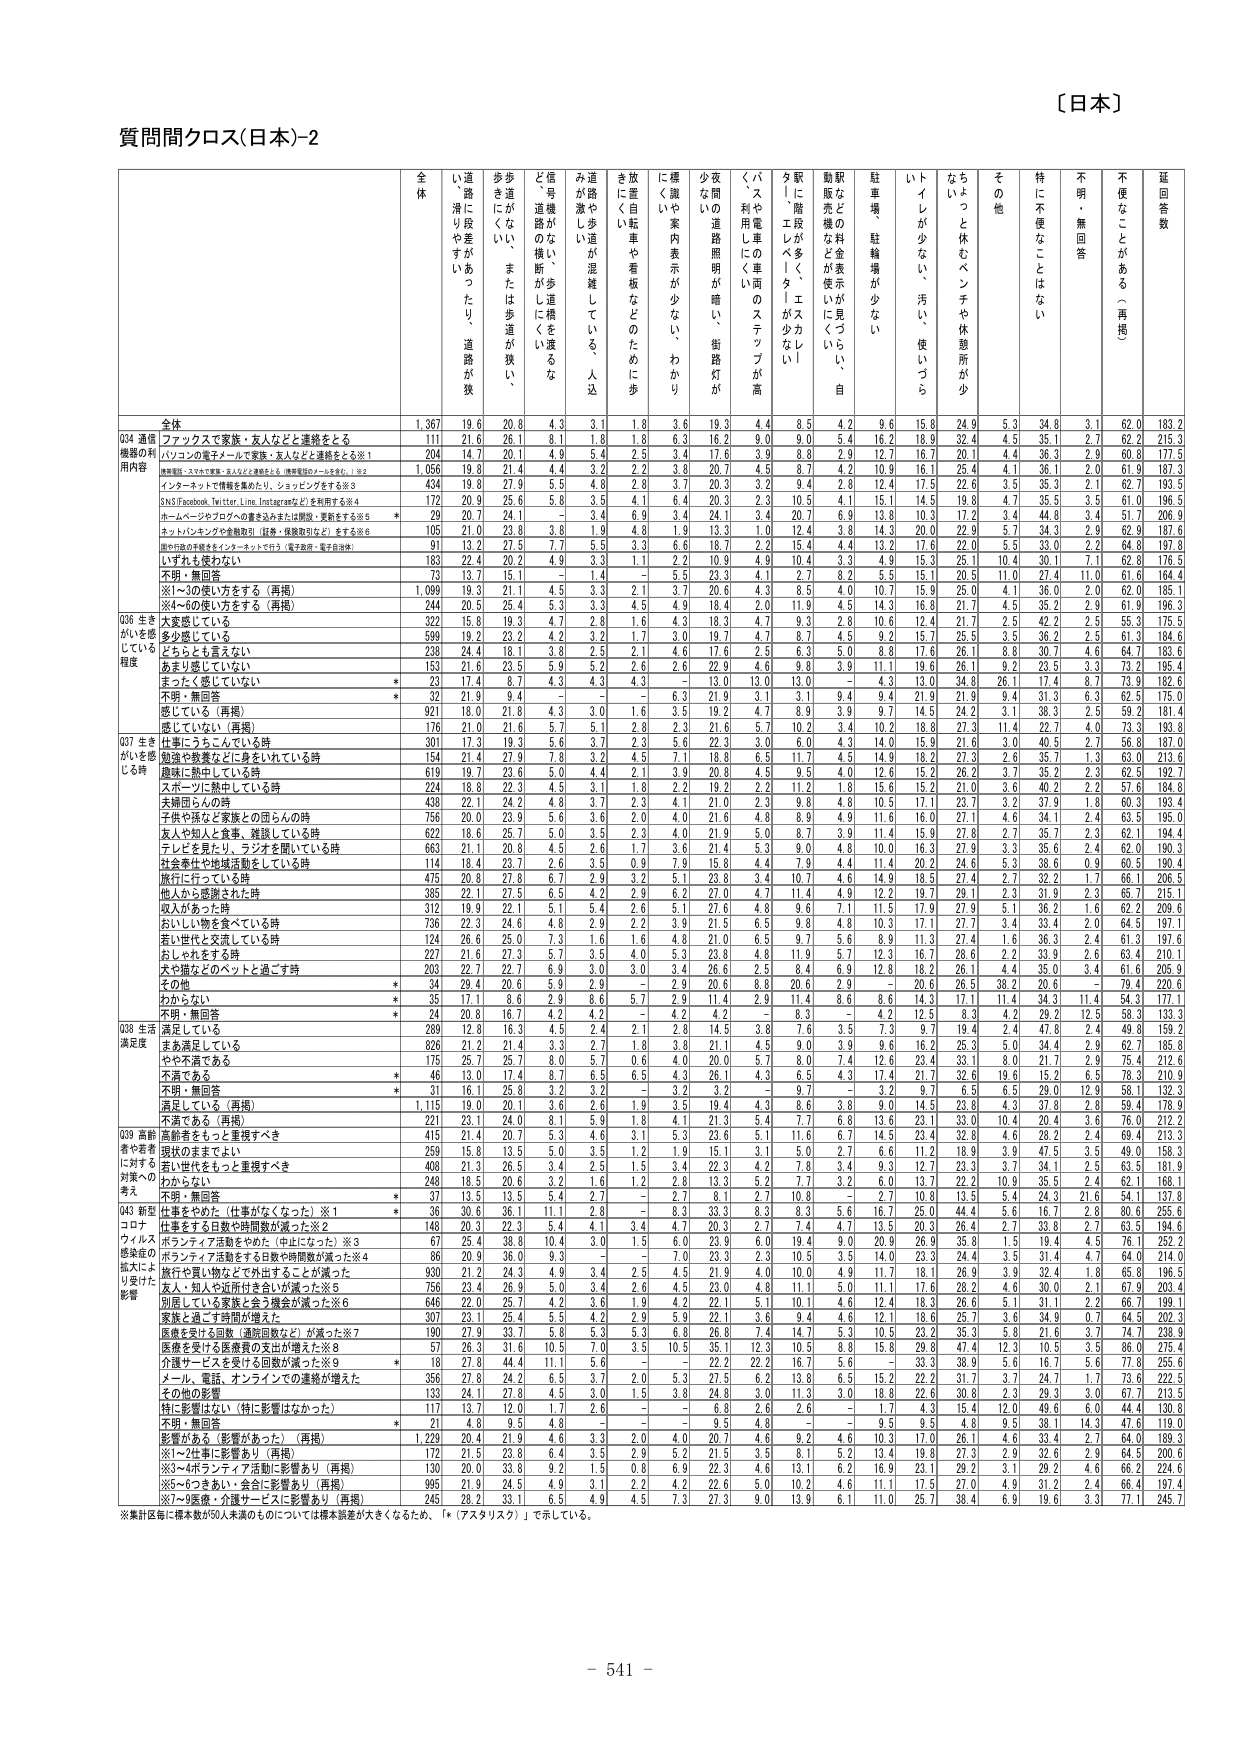
質問間クロス(日本)-2

〔日本〕

全体
道端に段差があったり、道路が狭い、滑りやすかったり
歩道がない、または歩道が狭い、
信号機がない、歩道標がしにくい
道がやや湿潤している、人込みが激しい
放置自転車や看板などのために歩きにくい
標識や案内表示が少ない、わかりにくい
夜間の道路照明が暗い、街路灯が少ない
バスや電車の車両のステップが高く、利用しにくい
駅「階段が多く、エスカレータ」「エレベータ」が少ない
駅などの料金表示が見づらい、自動販売機などが使いにくい
駐車場、駐輪場が少ない
トイレが少ない、汚い、使いづらい
ちょっと休むベンチや休憩所が少ない
その他
特に不便なことはない
不明・無回答
不便なことがある（再掲）
延回答数

Q34 通信機器の利用内容
全体
1,367 19.6 20.8 4.3 3.1 1.8 3.6 19.3 4.4 8.5 4.2 9.6 15.8 24.9 5.3 34.8 3.1 62.0 183.2
フックスで家族・友人などと連絡をとる
111 21.6 26.1 8.1 1.8 1.8 6.3 16.2 9.0 9.0 5.4 16.2 18.9 32.4 4.5 35.1 2.7 62.2 215.3
パソコンの電子メールで家族・友人などと連絡をとる※1
204 14.7 20.1 4.9 5.4 2.5 3.4 17.6 3.9 8.8 2.9 12.7 16.7 20.1 4.4 36.3 2.9 60.8 177.5
携帯電話（スマホで家族・友人などと連絡をとる（携帯電話のメールを含む。）※2
1,056 19.8 21.4 4.4 3.2 2.2 3.8 20.7 4.5 8.7 4.2 10.9 16.1 25.4 4.1 36.1 2.0 61.9 187.3
インターネットで情報を集めたり、ショッピングをする※3
434 19.8 27.9 5.5 4.8 2.8 3.7 20.3 3.2 9.4 2.8 12.4 17.5 22.6 3.5 35.3 2.1 62.7 193.5
SNS（Facebook, Twitter, Line, Instagramなど）を利用する※4
172 20.9 25.6 5.8 3.5 4.1 6.4 20.3 2.3 10.5 4.1 15.1 14.5 19.8 4.7 35.5 3.5 61.0 196.5
ホームぺージやブログへの書き込みまたは閲覧・更新をする※5
* 29 20.7 24.1 - 3.4 6.9 3.4 24.1 3.4 20.7 6.9 13.8 10.3 17.2 3.4 44.8 3.4 51.7 206.9
ネットバンキングや金融取引（証券・保険取引など）をする※6
105 21.0 23.8 3.8 1.9 4.8 1.9 13.3 1.0 12.4 3.8 14.3 20.0 22.9 5.7 34.3 2.9 62.9 187.6
旅行などの手続きをインターネットで行う（電子政府・電子自治体）
91 13.2 27.5 7.7 5.5 3.3 6.6 16.7 2.2 15.4 4.4 13.2 17.6 22.0 5.5 33.0 2.2 64.8 197.8
いずれも使わない
163 22.4 20.2 4.9 3.3 1.1 2.2 10.9 4.9 10.4 3.3 4.9 15.3 25.1 10.4 30.1 7.1 62.8 176.5
不明・無回答
73 13.7 15.1 - 1.4 - 5.5 23.3 4.1 2.7 8.2 5.5 15.1 20.5 11.0 27.4 11.0 61.6 164.4
※1～3の使い方をする（再掲）
1,099 19.3 21.1 4.5 3.3 2.1 3.7 20.6 4.3 8.5 4.0 10.7 15.9 25.0 4.1 36.0 2.0 62.0 185.1
※4～6の使い方をする（再掲）
244 20.6 25.4 5.3 3.3 4.5 4.9 18.4 2.0 11.9 4.5 14.3 16.8 21.7 4.5 35.2 2.9 61.9 196.3

Q36 生きがいを感じている程度
大変感じている
322 15.8 19.3 4.7 2.8 1.6 4.3 19.3 4.7 9.3 2.8 10.6 12.4 21.7 2.4 42.2 2.5 55.3 175.5
多少感じている
599 19.2 23.2 4.2 3.2 1.7 3.0 19.7 4.7 8.7 4.5 9.2 15.7 25.5 3.5 36.2 2.5 61.3 184.6
どちらとも言えない
238 24.4 18.1 3.8 2.5 2.1 4.6 17.6 2.5 6.3 5.0 8.8 17.6 26.1 8.8 30.7 4.6 64.7 183.6
あまり感じていない
153 21.6 23.5 5.9 5.2 2.6 2.6 22.9 4.6 9.8 3.9 11.1 19.6 26.1 9.2 23.5 3.3 73.2 195.4
まったく感じていない
* 23 17.4 8.7 4.3 4.3 4.3 - 13.0 13.0 13.0 - 4.3 13.0 34.8 26.1 17.4 8.7 73.9 182.6
不明・無回答
* 32 21.9 9.4 - - - 6.3 21.9 3.1 3.1 9.4 9.4 21.9 21.9 9.4 31.3 6.3 62.5 175.0
感じている（再掲）
921 18.0 21.8 4.3 3.0 1.6 3.5 19.2 4.7 8.9 3.9 9.7 14.5 24.2 3.1 38.3 2.5 59.2 181.4
感じていない（再掲）
176 21.0 21.6 5.7 5.1 2.8 2.3 21.6 5.7 10.2 3.4 10.2 18.8 27.3 11.4 22.7 4.0 73.3 193.8

Q37 生きがいを感じる時
仕事にうちこんでいる時
301 17.3 19.3 5.6 3.7 2.3 5.6 22.3 3.0 6.0 4.3 14.0 15.9 21.6 3.0 40.5 2.7 56.8 187.0
勉強や教養などに身をいれている時
154 21.4 27.9 7.8 3.2 4.5 7.1 18.8 6.5 11.7 4.5 14.9 18.2 27.3 2.6 35.7 1.3 63.0 213.6
趣味に熱中している時
619 19.7 23.6 5.0 4.4 2.1 3.9 20.8 4.5 9.5 4.0 12.6 15.2 26.2 3.7 35.2 2.3 62.5 192.7
スポーツに熱中している時
224 18.8 22.3 4.5 3.1 1.8 2.2 19.2 2.2 11.2 1.8 15.6 15.2 21.0 3.6 40.2 2.2 57.6 184.8
夫婦同士の時
438 22.1 24.2 4.8 3.7 2.3 4.1 21.0 2.3 9.8 4.8 10.5 17.1 23.7 3.2 37.9 1.8 60.3 193.4
子供や孫など家族との団らんの時
756 20.0 23.9 5.6 3.6 2.0 4.0 21.6 4.8 8.9 4.9 11.6 16.0 27.1 4.6 34.1 2.4 63.5 195.0
友人や知人と食事、雑談している時
622 18.6 25.7 5.0 3.5 2.3 4.0 21.9 5.0 8.7 3.9 11.4 15.9 27.8 2.7 35.7 2.3 62.1 194.4
テレビを見たり、ラジオを聞いている時
663 21.1 20.8 4.5 2.6 1.7 3.6 21.4 5.3 9.0 4.8 10.0 16.3 27.9 3.3 35.6 2.4 62.0 190.3
社会奉仕や地域活動をしている時
114 18.4 23.7 2.6 3.5 0.9 7.9 15.8 4.4 7.9 4.4 11.4 20.2 24.6 5.3 38.6 0.9 60.5 190.4
旅行に行っている時
475 20.8 27.8 6.7 2.9 3.2 5.1 23.8 3.4 10.7 4.6 14.9 18.5 27.4 2.7 32.2 1.7 66.1 206.5
他人から感謝された時
385 22.1 27.5 6.5 4.2 2.9 6.2 27.0 4.7 11.4 4.9 12.2 19.7 28.1 2.3 31.9 2.3 65.7 215.1
役人があった時
312 19.9 25.3 5.1 5.4 2.5 5.1 27.9 4.8 9.6 7.1 12.7 17.9 27.9 5.1 36.2 1.6 62.2 209.6
おいしい物を食べている時
736 22.3 24.8 4.8 2.9 2.2 3.9 20.3 6.5 9.8 4.8 10.3 17.1 27.4 3.4 33.4 2.0 64.5 197.1
若い世代と交流している時
124 26.6 25.0 7.3 1.6 1.6 4.8 21.0 6.5 9.7 5.6 8.9 11.3 27.4 1.6 36.3 2.4 61.3 197.6
おしゃれをする時
227 21.6 27.3 5.7 3.5 4.0 5.3 23.8 4.8 11.9 5.7 12.3 16.7 28.6 2.2 33.9 2.6 63.4 210.1
犬や猫などのペットと過ごす時
203 22.7 22.7 6.9 3.0 3.0 3.4 26.6 2.5 8.4 6.9 12.8 18.2 26.1 4.4 35.0 3.4 61.6 205.9
その他
* 34 29.4 20.6 5.9 2.9 - 2.9 20.6 8.8 20.6 2.9 - 20.6 26.5 38.2 20.6 - 79.4 220.6
わからない
* 35 17.1 8.6 2.9 8.6 5.7 2.9 11.4 2.9 11.4 8.6 8.6 14.3 17.1 11.4 34.3 11.4 54.3 177.1
不明・無回答
* 24 20.8 16.7 4.2 4.2 - 4.2 4.2 - 6.3 - 4.2 12.5 8.3 4.2 29.2 12.5 58.3 133.3

Q38 生活満足度
満足している
289 12.8 16.3 4.5 2.4 2.1 2.8 14.5 3.8 7.6 3.5 7.3 9.7 19.4 2.4 47.8 2.4 49.8 159.2
まあ満足している
826 21.2 21.4 3.3 2.7 1.8 3.8 21.1 4.5 9.0 3.9 9.6 16.2 25.3 5.0 34.4 2.9 62.7 185.8
やや不満である
175 25.7 25.7 8.0 5.7 0.6 4.0 20.0 5.7 8.0 7.4 12.6 23.4 33.1 8.0 21.7 2.9 75.4 212.6
不満である
* 46 13.0 17.4 8.7 6.5 6.5 4.3 26.1 4.3 6.5 4.3 17.4 21.7 32.6 19.6 15.2 6.5 78.3 210.9
不明・無回答
* 31 16.1 25.8 3.2 3.2 - 3.2 3.2 - 9.7 - 3.2 9.7 6.5 6.5 29.0 12.9 58.1 132.3
満足している（再掲）
1,115 19.0 20.1 3.6 2.6 1.9 3.5 19.4 4.3 8.6 3.8 9.0 14.5 23.8 4.3 37.8 2.8 59.4 178.9
不満である（再掲）
221 23.1 24.0 8.1 5.9 1.8 4.1 21.3 5.4 7.7 6.8 13.6 23.1 33.0 10.4 20.4 3.6 76.0 212.2

Q39 高齢者や若者に対する対策への考え
高齢者をもっと重視すべき
415 21.4 20.7 5.3 4.6 3.1 5.3 23.6 5.1 11.6 6.7 14.5 23.4 32.8 4.6 28.2 2.4 69.4 213.3
現状のままでよい
259 15.8 13.5 5.0 3.5 1.2 1.9 15.1 3.1 5.0 2.7 6.6 11.2 18.9 3.9 47.5 3.5 49.0 158.3
若い世代をもっと重視すべき
408 21.3 26.5 3.4 2.5 1.5 3.4 22.3 4.2 7.8 3.4 9.3 12.7 23.3 3.7 34.1 2.5 63.5 181.9
わからない
248 18.5 20.6 3.2 1.6 1.2 2.8 13.3 5.2 7.7 3.2 6.0 13.7 22.2 10.9 35.5 2.4 62.1 168.1
不明・無回答
* 37 13.5 13.5 5.4 2.7 - 2.7 8.1 2.7 10.8 - 2.7 10.8 13.5 5.4 24.3 2.7 54.1 137.8

Q43 新型コロナウイルス感染症の拡大により受けた影響
仕事がやめた（仕事がなくなった）※1
* 36 30.6 36.1 11.1 2.8 - 8.3 33.3 8.3 8.3 5.6 16.7 25.0 44.4 5.6 16.7 2.8 80.6 255.6
仕事をする日数や時間数が減った※2
148 20.3 22.3 5.4 4.1 3.4 4.7 20.3 2.7 7.4 4.7 13.5 20.3 26.4 2.7 33.8 2.7 63.5 194.6
ボランティア活動をやめた（中止になった）※3
67 25.4 38.8 10.4 3.0 1.5 6.0 23.9 6.0 19.4 9.0 20.9 26.9 35.8 1.5 19.4 4.5 76.1 252.2
ボランティア活動をする日数や時間数が減った※4
86 20.9 36.0 9.3 - - 7.0 23.3 2.3 10.5 3.5 14.0 23.3 24.4 3.5 31.4 4.7 64.0 214.0
旅行や買い物などで外出することが減った
930 21.2 24.3 4.9 3.4 2.5 4.5 21.9 4.0 10.0 4.9 11.7 18.1 26.9 3.9 32.4 1.8 65.8 196.5
友人・知人や近所付き合いが減った※5
756 23.4 26.9 5.0 3.4 2.6 4.5 23.0 4.8 11.1 5.0 11.1 17.6 28.2 4.6 30.0 2.1 67.9 203.4
別居している家族と会う機会が減った※6
646 22.0 25.7 4.2 3.6 1.9 4.2 22.1 5.1 10.1 4.6 12.4 18.3 26.6 5.1 31.1 2.2 66.7 199.1
家族と過ごす時間が増えた
307 23.1 25.4 5.5 4.2 2.9 5.9 22.1 3.6 9.4 4.6 12.1 18.6 25.7 3.6 34.9 0.7 64.5 202.3
医療を受けた回数（通院回数など）が減った※7
190 27.9 33.7 5.8 5.3 5.3 6.8 26.8 7.4 14.7 5.3 10.5 23.2 35.3 5.8 21.6 3.7 74.7 238.9
医療を受ける医療費の支出が増えた※8
57 26.3 31.6 10.5 7.0 3.5 10.5 35.1 12.3 10.5 8.8 15.8 29.8 47.4 12.3 10.5 3.5 86.0 275.4
介護サービスを受けた回数が減った※9
* 18 27.8 44.4 11.1 5.6 - - 22.2 22.2 16.7 5.6 - 33.3 38.9 5.6 16.7 5.6 77.8 255.6
メール、電話、オンラインでの連絡が増えた
356 27.8 24.2 6.5 3.7 2.0 5.3 27.5 6.2 13.8 6.5 15.2 22.2 31.7 3.7 24.7 1.7 73.6 222.5
その他の影響
133 24.1 27.8 4.5 3.0 1.5 3.8 24.8 3.0 11.3 3.0 18.8 22.6 30.8 2.3 29.3 3.0 67.7 213.5
特に影響はない（特に影響はなかった）
117 13.7 12.0 1.7 2.6 - - 6.8 2.6 2.6 - 1.7 4.3 15.4 12.0 49.6 6.0 44.4 130.8
不明・無回答
* 21 4.8 9.5 4.8 - - - 9.5 4.8 - - 9.5 9.5 4.8 9.5 38.1 14.3 47.6 119.0
影響がある（影響があった）（再掲）
1,229 20.4 21.9 4.6 3.3 2.0 4.0 20.7 4.6 9.2 4.6 10.3 17.0 26.1 4.6 33.4 2.7 64.0 189.3
※1～2仕事に影響あり（再掲）
172 21.5 23.8 6.4 3.5 2.9 5.2 21.5 3.5 8.1 5.2 13.4 19.8 27.3 2.9 32.6 2.9 64.5 200.6
※3～4ボランティア活動に影響あり（再掲）
130 20.0 33.8 9.2 1.5 0.8 6.9 22.3 4.6 13.1 6.2 16.9 23.1 29.2 3.1 29.2 4.6 66.2 224.6
※5～6つきあい・会合に影響あり（再掲）
995 21.9 24.5 4.9 3.1 2.2 4.2 22.6 5.0 10.2 4.6 11.1 17.5 27.0 4.9 31.2 2.4 66.4 197.4
※7～9医療・介護サービスに影響あり（再掲）
245 28.2 32.1 6.5 4.9 4.5 7.3 27.3 9.0 13.9 6.1 11.0 25.7 38.4 6.9 19.6 3.3 77.1 245.7

※集計区毎に標本数が50人未満のものについては標本誤差が大きくなるため、「*（アスタリスク）」で示している。

- 541 -